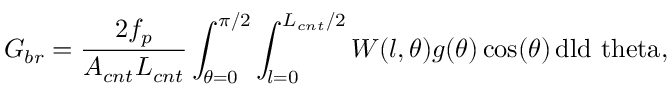
G _ { b r } = \frac { 2 f _ { p } } { A _ { c n t } L _ { c n t } } \int _ { \theta = 0 } ^ { \pi / 2 } \int _ { l = 0 } ^ { L _ { c n t } / 2 } W ( l , \theta ) g ( \theta ) \cos ( \theta ) \, \mathrm { { d } l \mathrm { { d } \ t h e t a , } }